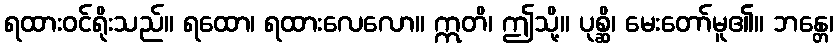
ရထားဝင်ရိုးသည်။ ရထော၊ ရထားလေလော။ ဣတိ၊ ဤသို့။ ပုစ္ဆိ၊ မေးတော်မူ၏။ ဘန္တေ၊